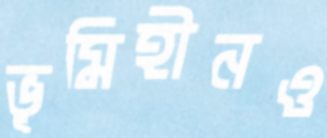
ভূমিহীনও